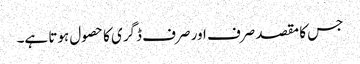
جس کا مقصد صرف اور صرف ڈگری کا حصول ہوتا ہے۔